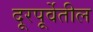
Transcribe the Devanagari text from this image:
दूरपूर्वेतील